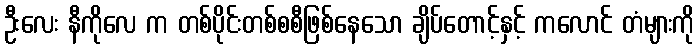
ဦးလေး နီကိုလေ က တစ်ပိုင်းတစ်စစီဖြစ်နေသော ချိပ်တောင့်နှင့် ကလောင် တံများကို